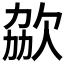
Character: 𣢩